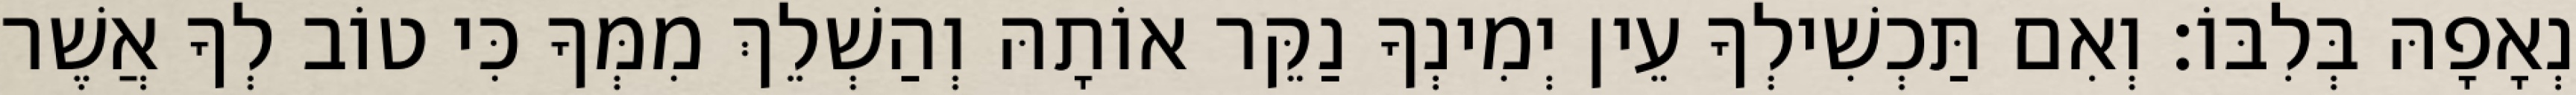
נְאָפָהּ בְּלִבּוֹ׃ וְאִם תַּכְשִׁילְךָ עֵין יְמִינְךָ נַקֵּר אוֹתָהּ וְהַשְׁלֵךְ מִמְּךָ כִּי טוֹב לְךָ אֲשֶׁר